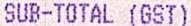
SUB-TOTAL (GST)